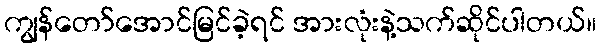
ကျွန်တော်အောင်မြင်ခဲ့ရင် အားလုံးနဲ့သက်ဆိုင်ပါတယ်။